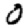
Digit: 0